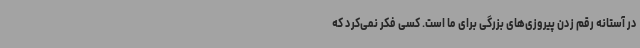
در آستانه رقم زدن پیروزی‌های بزرگی برای ما است. کسی فکر نمی‌کرد که